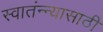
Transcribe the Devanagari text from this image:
स्वातंन्न्यासाठी